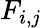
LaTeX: F_{i,j}